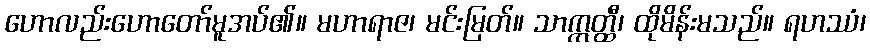
ဟောလည်းဟောတော်မူအပ်၏။ မဟာရာဇ၊ မင်းမြတ်။ သာဣတ္ထီ၊ ထိုမိန်းမသည်။ ရဟဿံ၊